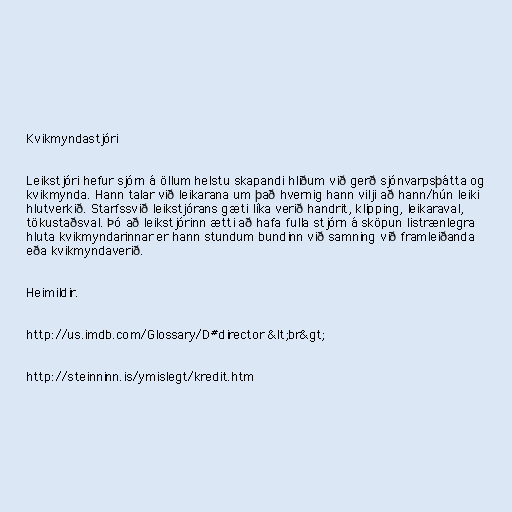
Kvikmyndastjóri

Leikstjóri hefur sjórn á öllum helstu skapandi hliðum við gerð sjónvarpsþátta og
kvikmynda. Hann talar við leikarana um það hvernig hann vilji að hann/hún leiki
hlutverkið. Starfssvið leikstjórans gæti líka verið handrit, klipping, leikaraval,
tökustaðsval. Þó að leikstjórinn ætti að hafa fulla stjórn á sköpun listrænlegra
hluta kvikmyndarinnar er hann stundum bundinn við samning við framleiðanda
eða kvikmyndaverið.

Heimildir.

http://us.imdb.com/Glossary/D#director &lt;br&gt;

http://steinninn.is/ymislegt/kredit.htm